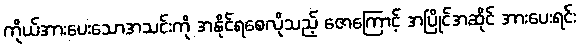
ကိုယ်အားပေးသောအသင်းကို အနိုင်ရစေလိုသည့် ဇောကြောင့် အပြိုင်အဆိုင် အားပေးရင်း